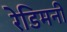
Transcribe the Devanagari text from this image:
रेडिमनी